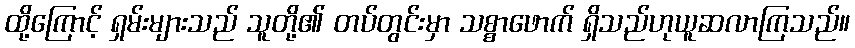
ထို့ကြောင့် ရှမ်းများသည် သူတို့၏ တပ်တွင်းမှာ သစ္စာဖောက် ရှိသည်ဟုယူဆလာကြသည်။